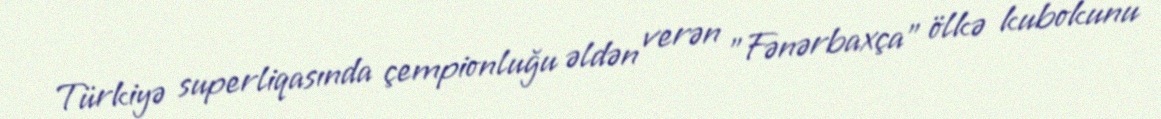
Türkiyə superliqasında çempionluğu əldən verən "Fənərbaxça" ölkə kubokunu